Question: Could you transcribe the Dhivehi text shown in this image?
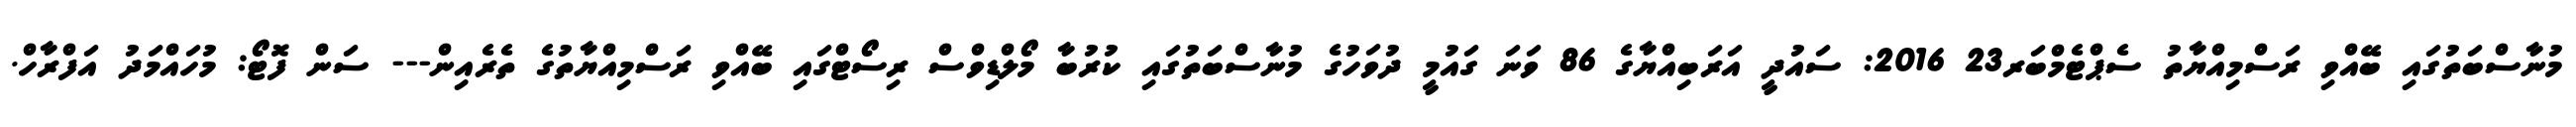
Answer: މުނާސްބަތުގައި ބޭއްވި ރަސްމިއްޔާތު ސެޕްޓެމްބަރ23 2016: ސައުދީ އަރަބިއްޔާގެ 86 ވަނަ ގައުމީ ދުވަހުގެ މުނާސްބަތުގައި ކުރުބާ މޯލްޑިވްސް ރިސޯޓްގައި ބޭއްވި ރަސްމިއްޔާތުގެ ތެރެއިން--- ސަން ފޮޓޯ: މުހައްމަދު އަފްރާހް.